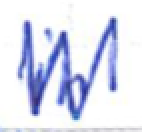
Text: in
Cross-out: zig-zag
Writing tool: ballpoint